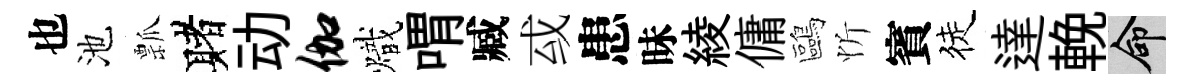
也池瓢赌动伽熾喟臧㦯患昧綾傭鷗忻賓徒達輓命